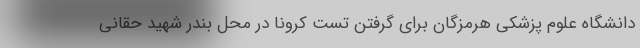
دانشگاه علوم پزشکی هرمزگان برای گرفتن تست کرونا در محل بندر شهید حقانی